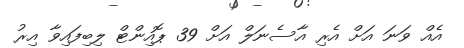
އެއް ވަނަ އަށް އެރި އާސެނަލް އަށް 39 ޕޮއިންޓް ލިބިފައިވާ އިރު